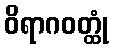
ဝိရာဂဝတ္ထုံ